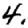
Digit: 4